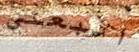
اتبعنى